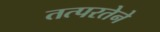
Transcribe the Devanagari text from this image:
तत्‍परतेने